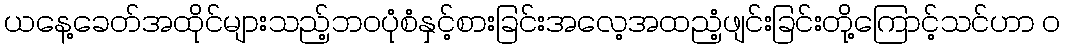
ယနေ့ခေတ်အထိုင်များသည့်ဘဝပုံစံနှင့်စားခြင်းအလေ့အထညံ့ဖျင်းခြင်းတို့ကြောင့်သင်ဟာ ၀